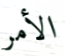
الأمر